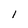
Character: l